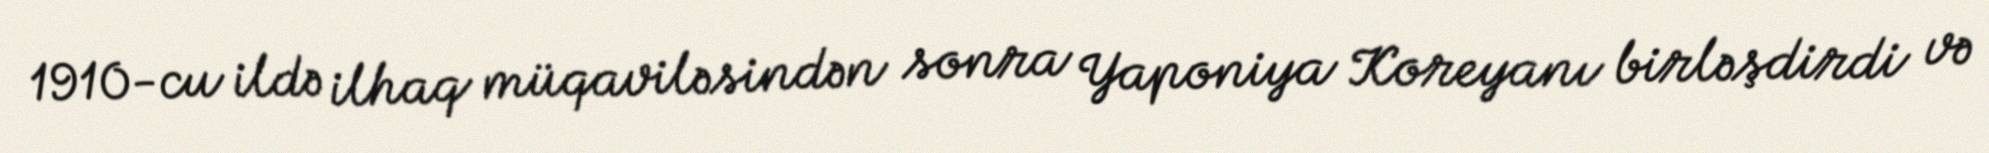
1910-cu ildə ilhaq müqaviləsindən sonra Yaponiya Koreyanı birləşdirdi və